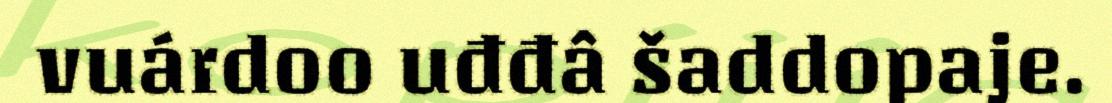
vuárdoo uđđâ šaddopaje.